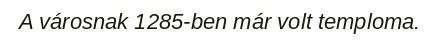
A városnak 1285-ben már volt temploma.